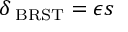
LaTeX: \delta _ { \mathrm { \scriptsize ~ B R S T } } = \epsilon s